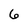
Character: 6